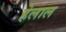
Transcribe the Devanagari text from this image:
हेलाल